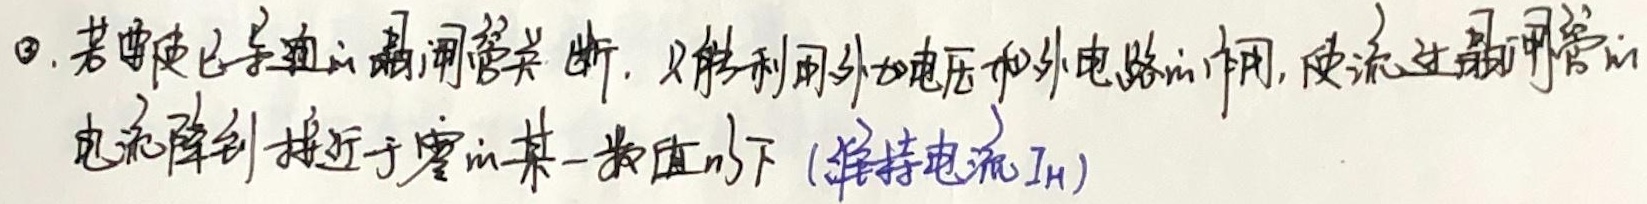
\textcircled{1}. 若要使已导通的晶闸管关断，只能利用外加电压和外电路的作用，使流过晶闸管的电流降到接近于零的某一数值以下（维持电流 $I_H$） 。